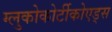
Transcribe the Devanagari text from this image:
ग्लुकोकोर्टीकोएड्स